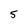
Character: 5